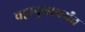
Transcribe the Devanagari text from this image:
चट्टानुगापर्यंत